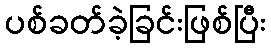
ပစ်ခတ်ခဲ့ခြင်းဖြစ်ပြီး